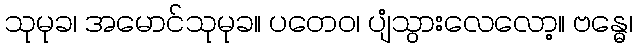
သုမုခ၊ အမောင်သုမုခ။ ပတေဝ၊ ပျံသွားလေလော့။ ဗန္ဓေ၊